Indian Civil Veterinary Department memoirs
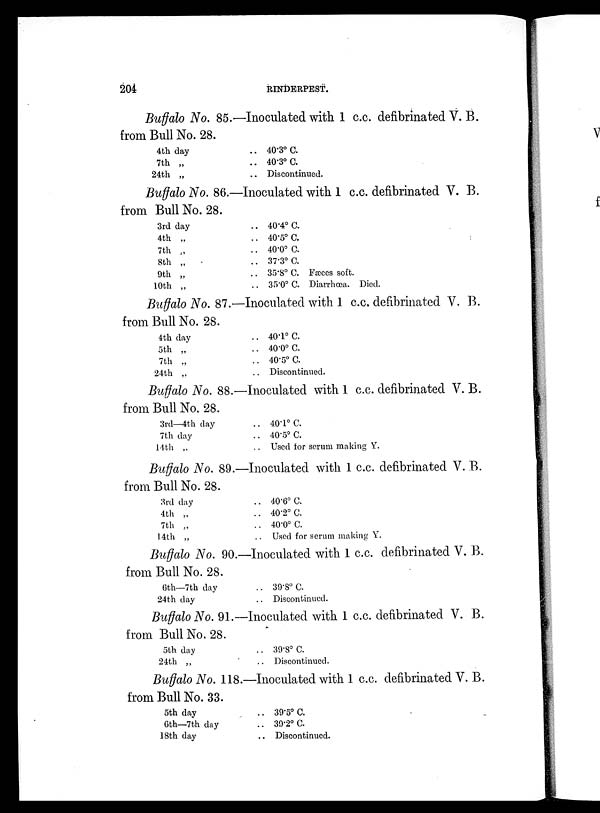
204
RINDERPEST.
Buffalo No. 85.—Inoculated with 1 c.c. defibrinated V. B.
from Bull No. 28.
4th day
7th „
24th „
.. 40.3º C.
.. 40.3º C.
.. Discontinued.
Buffalo No. 86.—Inoculated with 1 c.c. defibrinated V. B.
from Bull No. 28.
3rd day
4th „
7th „
8th „
9th „
10th „
.. 40.4º C.
.. 40.5º C.
.. 40.0º C.
.. 37.3º C.
.. 35.8º C. Fæces soft.
.. 35.0º C. Diarrhœa. Died.
Buffalo No. 87.—Inoculated with 1 c.c. defibrinated V. B.
from Bull No. 28.
4th day
5th „
7th „
24th „
.. 40.1º C.
.. 40.0º C.
.. 40.5º C.
.. Discontinued.
Buffalo No. 88.—Inoculated with 1 c.c. defibrinated V. B.
from Bull No. 28.
3rd—4th day
7th day
14th „
.. 40.1º C.
.. 40.5º C.
.. Used for serum making Y.
Buffalo No. 89.—Inoculated with 1 c.c. defibrinated V. B.
from Bull No. 28.
3rd day
4th „
7 th „
14th „
.. 40.6º C.
.. 40.2º C.
.. 40.0º C.
.. Used for serum making Y.
Buffalo No. 90.—Inoculated with 1 c.c. defibrinated V. B.
from Bull No. 28.
6th—7th day
24th day
.. 39.8º C.
.. Discontinued.
Buffalo No. 91.—Inoculated with 1 c.c. defibrinated V. B.
from Bull No. 28.
5th day
24th „
.. 39.8º C.
.. Discontinued.
Buffalo No. 118.—Inoculated with 1 c.c. defibrinated V. B.
from Bull No. 33.
5th day
6th—7th day
18th day
.. 39.5º C.
.. 39.2º C.
.. Discontinued.